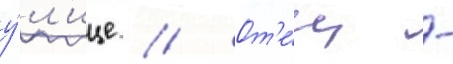
у́л'ице // От'е́ц -